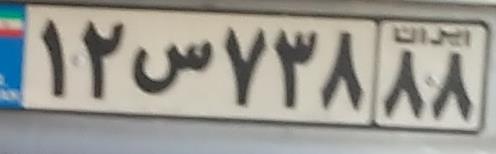
۱۲س۷۳۸۸۸